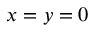
x = y = 0